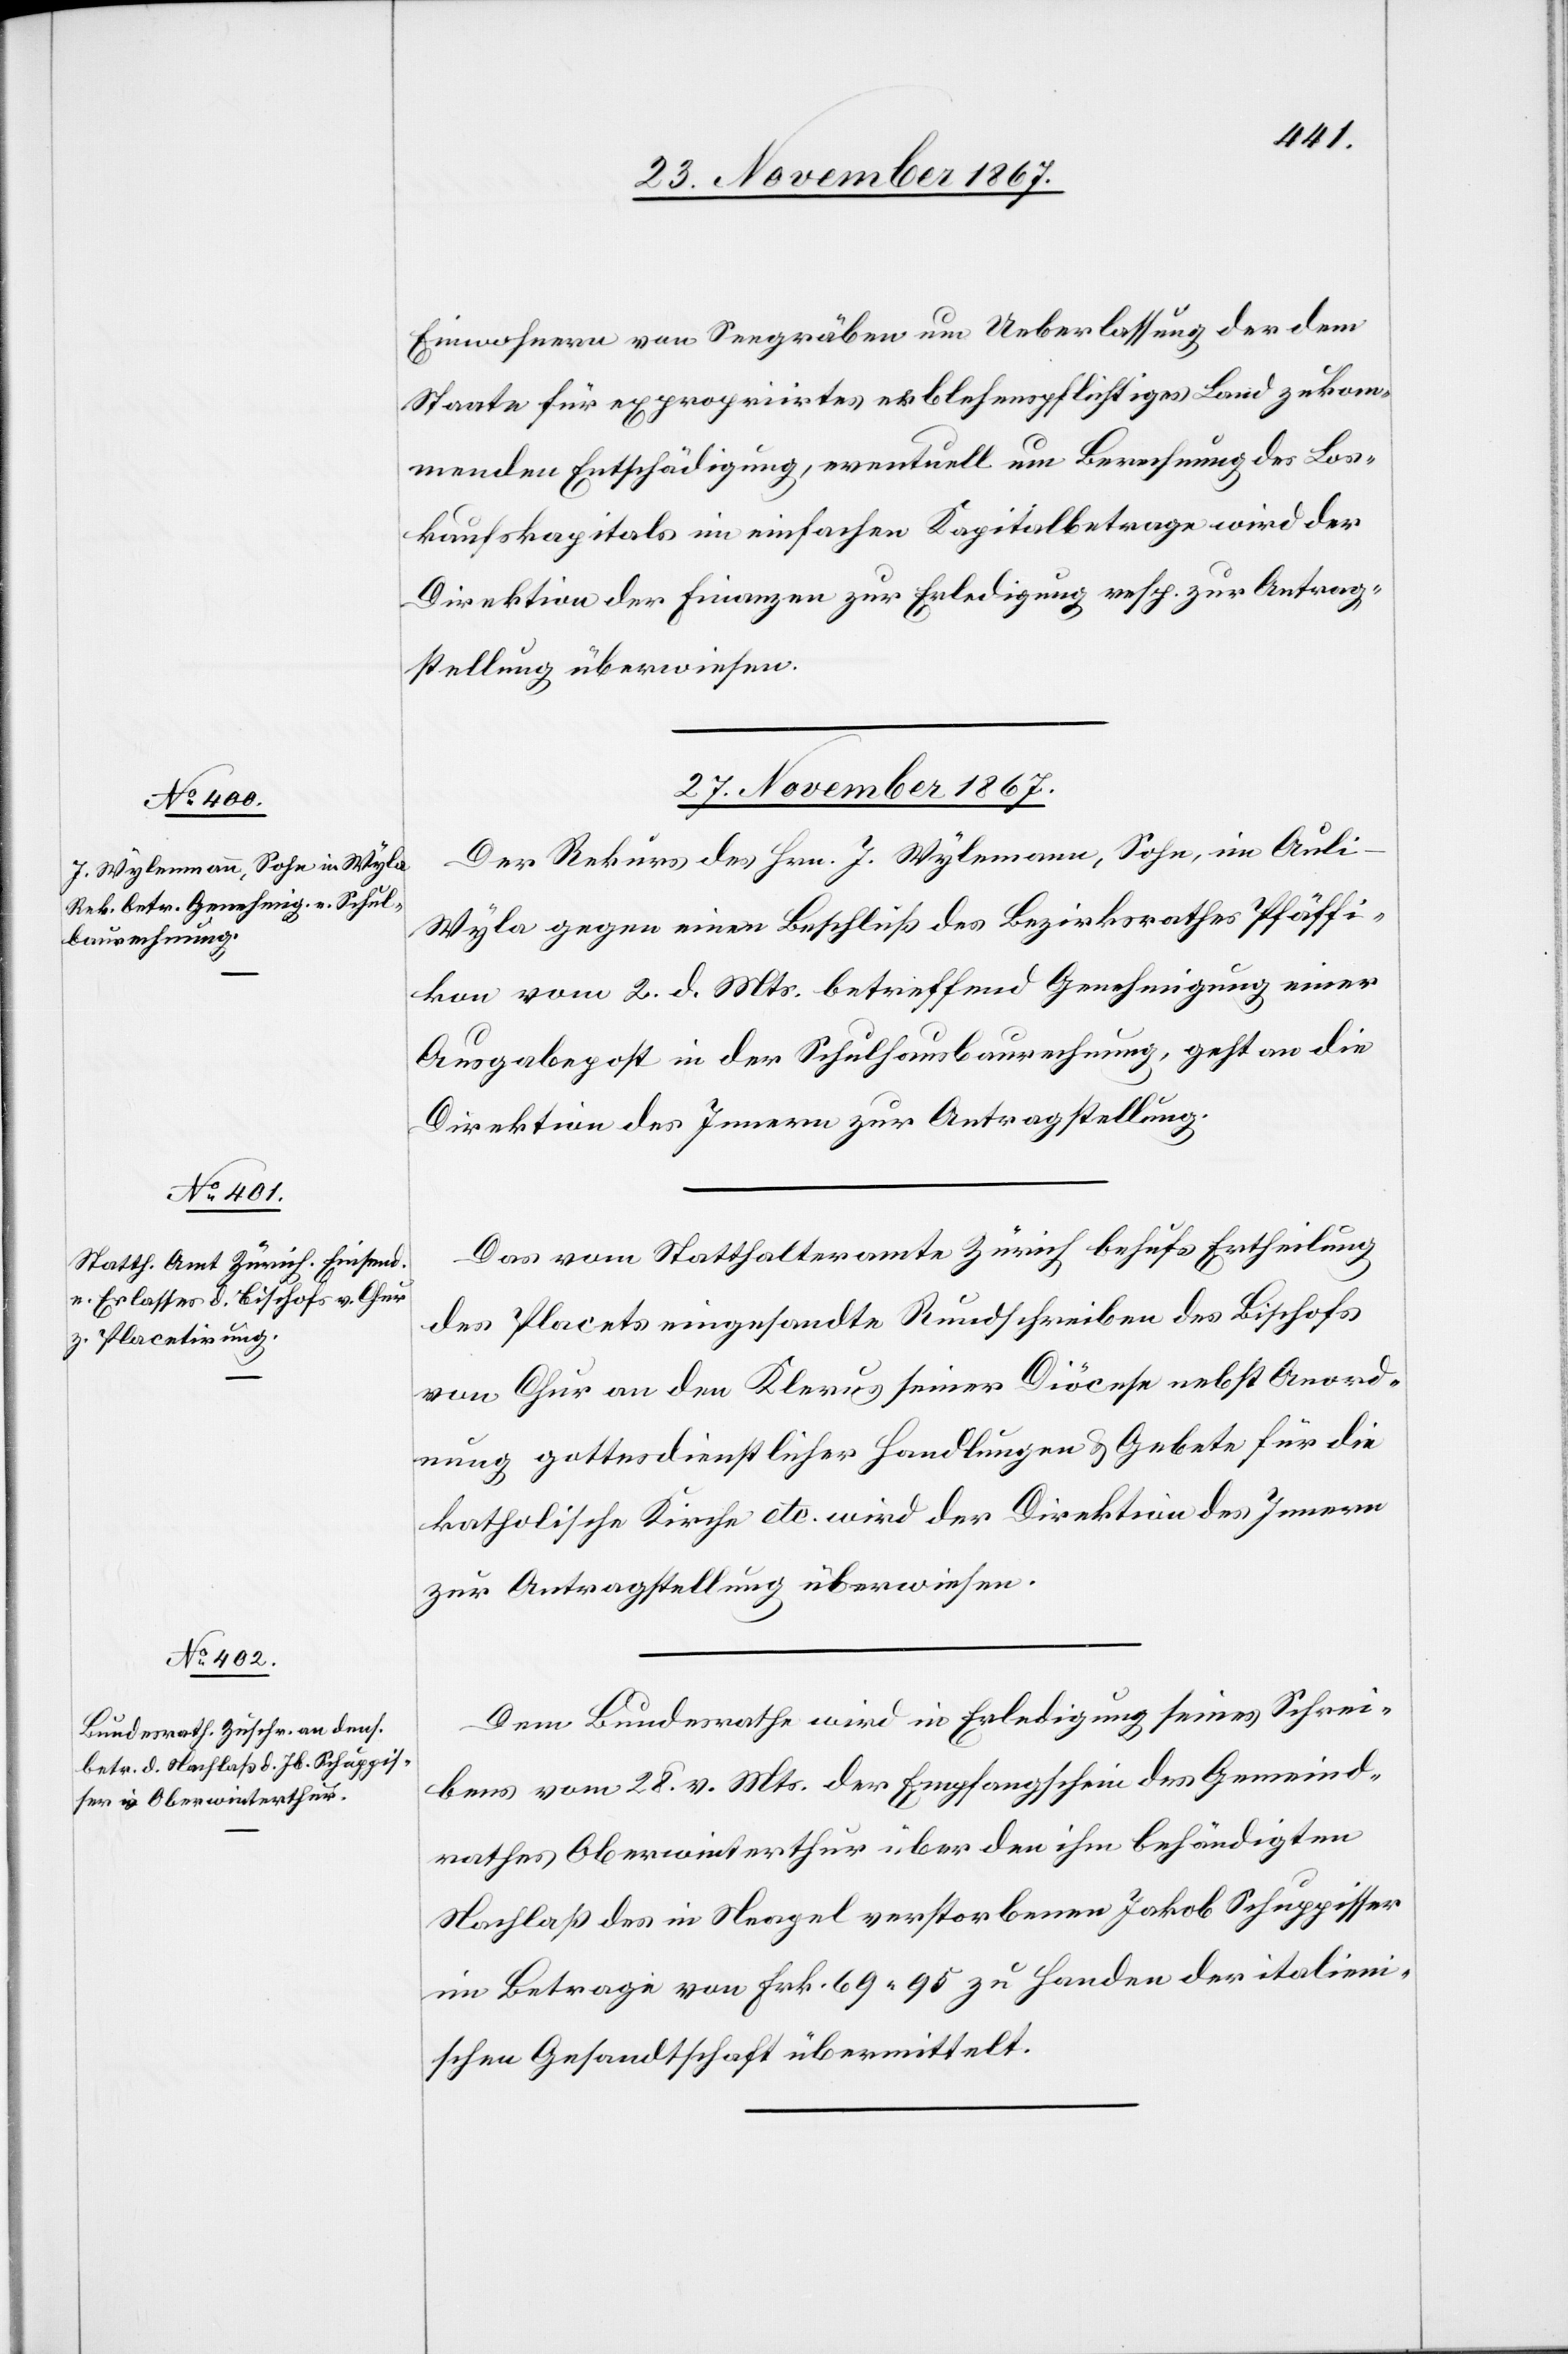
[Präsidial-Verfügungen.

Einwohnern von Seegräben um Ueberlassung der dem
Staate für expropriirtes erblehenspflichtiges Land zukom¬
menden Entschädigung, eventuell um Berechnung des Los¬
kaufskapitals im einfachen Kapitalbetrage wird der
Direktion der Finanzen zur Erledigung resp. zur Antrag¬
stellung überwiesen.
27. November 1867.]
Der Rekurs des Hrn. J. Wylemann, Sohn, im Aul¬
i-Wyla gegen einen Beschluß des Bezirksrathes Pfäffi¬
kon vom 2. d. Mts. betreffend Genehmigung einer
Ausgabepost in der Schulhausbaurechnung, geht an die
Direktion des Innern zur Antragstellung.
Das vom Statthalteramte Zürich behufs Ertheilung
des Placets eingesandte Rundschreiben des Bischofs
von Chur an den Klerus seiner Diöcese nebst Anord¬
nung gottesdienstlicher Handlungen u. Gebete für die
katholische Kirche etc. wird der Direktion des Innern
zur Antragstellung überwiesen.
Dem Bundesrathe wird in Erledigung seines Schrei¬
bens vom 28. v. Mts. der Empfangschein des Gemeind¬
rathes Oberwinterthur über den ihm behändigten
Nachlaß des in Neapel verstorbenen Jakob Schuppisser
im Betrage von Frk. 69.95 zu Handen der italieni¬
schen Gesandtschaft übermittelt.